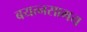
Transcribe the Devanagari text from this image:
बयत्नसामय